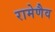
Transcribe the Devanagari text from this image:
रामेणैव